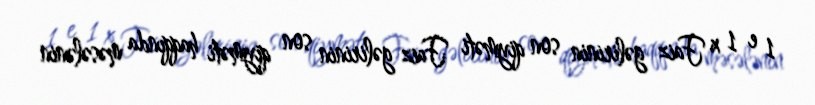
1 e 1 x Faiz gəlirinin son qiyməti Faiz gəlirinin son qiyməti haqqında məsələnin